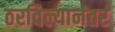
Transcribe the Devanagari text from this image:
ठरविल्यानंतर